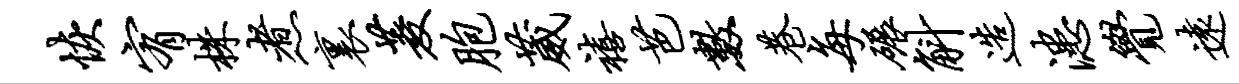
恢宥株煮里菱胞葳禧芭数巷每碾斛造漶觉远